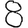
Digit: 8